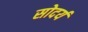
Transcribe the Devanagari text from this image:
सोदर्य